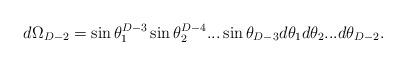
LaTeX: \begin{align*}d\Omega_{D-2}=\sin\theta_1^{D-3}\sin\theta_2^{D-4}...\sin\theta_{D-3}d\theta_1d\theta_2...d\theta_{D-2}.\end{align*}